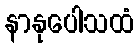
နာနုပေါသထံ